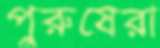
পুরুষেরা